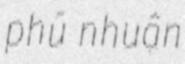
phú nhuận